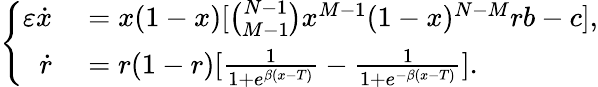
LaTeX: \left\{ \begin{array}{rl}{\varepsilon\dot{x}}&{{}=x(1-x)[\binom{N-1}{M-1}x^{M-1}(1-x)^{N-M}rb-c],}\\ {\dot{r}}&{{}=r(1-r)[\frac{1}{1+e^{\beta(x-T)}}-\frac{1}{1+e^{-\beta(x-T)}}].}\end{array}\right.